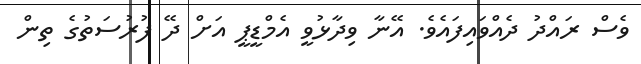
ވެސް ރައްދު ދެއްވައިފައެވެ. އޭނާ ވިދާޅުވީ އެމްޑީޕީ އަށް ދޭ ފުރުސަތުގެ ތިން